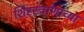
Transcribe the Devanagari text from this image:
शिरस्त्राणाच्या